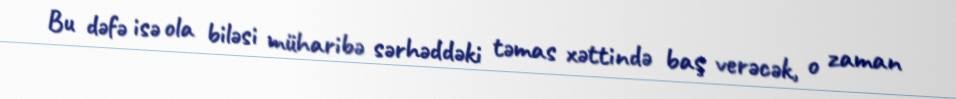
Bu dəfə isə ola biləsi müharibə sərhəddəki təmas xəttində baş verəcək, o zaman